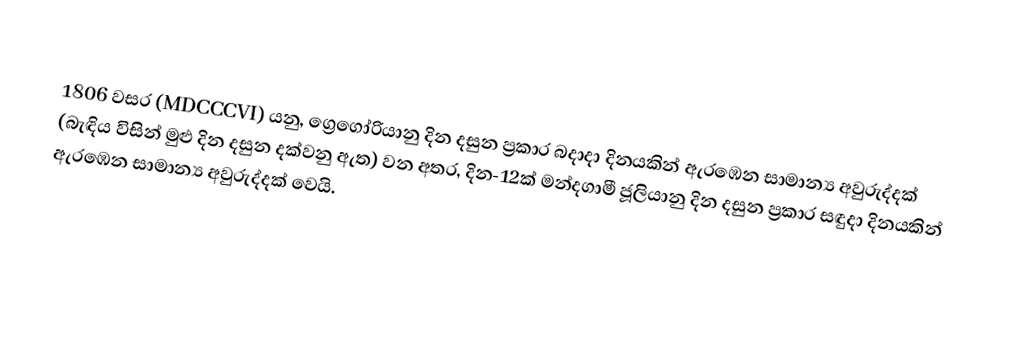

1806 වසර (MDCCCVI) යනු, ග්‍රෙගෝරියානු දින දසුන ප්‍රකාර  බදාදා දිනයකින් ඇරඹෙන සාමාන්‍ය අවුරුද්දක් (බැඳිය විසින් මුළු දින දසුන දක්වනු ඇත) වන අතර, දින-12ක් මන්දගාමී ජූලියානු දින දසුන ප්‍රකාර   සඳුදා දිනයකින් ඇරඹෙන සාමාන්‍ය අවුරුද්දක් වෙයි.